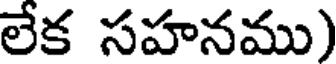
లేక సహనము)